Annual report of the Central Committee of the Association together with the report of the directors of the Pasteur Institute at Kasauli
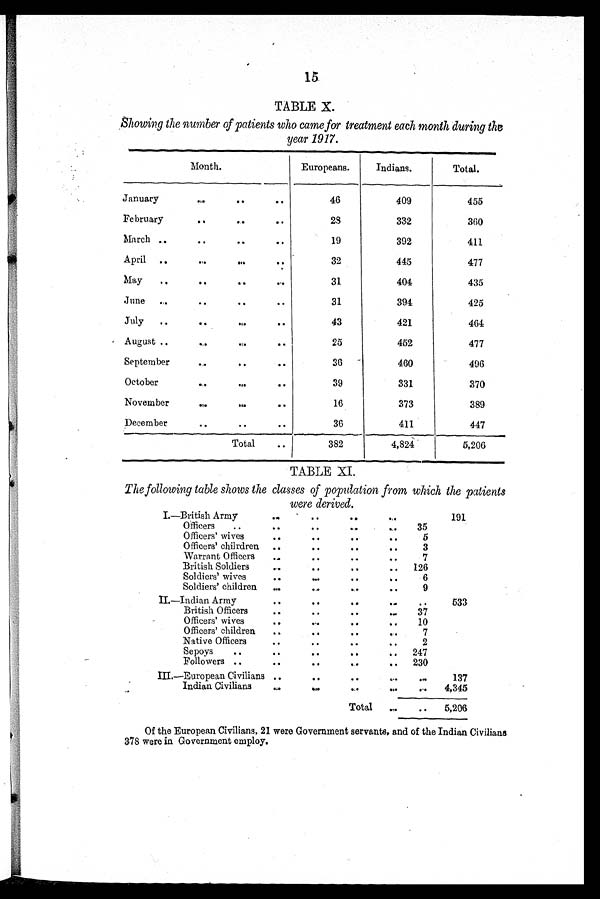
15
TABLE X.
Showing the number of patients who came for treatment each month during the
year 1917.
Month.
Europeans.
Indians.
Total.
January
46
409
455
February
28
332
360
March
19
392
411
April
May
32
31
445
404
477
435
June
31
394
425
July
43
421
464
August
25
452
477
September
36
460
496
October
39
331
370
November
16
373
389
December
36
411
447
Total
382
4,824
5,206
TABLE XI.
The following table shows the classes of population from which the patients
were derived.
I.—British Army
191
Officers
..
35
Officers' wives
5
Officers' chilrdren
3
Warrant Officers
7
British Soldiers
126
Soldiers' wives
6
Soldiers' children
9
—Indian Army
533
British Officers
37
Officers' wives
10
Officers' children
7
Native Officers
2
Sepoys
..
247
Followers ..
230
III.—European Civilians
137
Indian Civilians
4,345
Total
5,206
Of the European Civilians, 21 were Government servants, and of the Indian Civilians
378 were in Government employ.